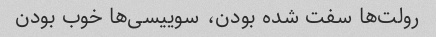
رولت‌ها سفت شده بودن، سوییسی‌ها خوب بودن